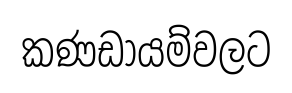
කණඩායම්වලට